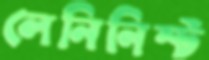
লেনিনিস্ট